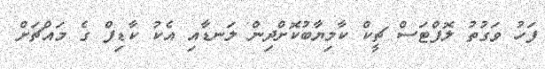
ފަހު ވަގުތު ލޮފްޓަސް ޗީކް ކާމިޔާބުކޮށްދިން ލަނޑާއި އެކު ކާޑިފް ގެ މައްޗަށް